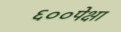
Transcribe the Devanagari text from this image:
६००पेक्षा